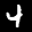
Label: 4